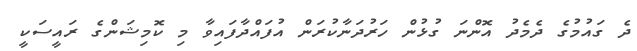
ދެ ގައުމުގެ ދެމެދު އޮންނަ ގުޅުން ހަރުދަނާކުރަން އުފައްދާފައިވާ މި ކޮމިޝަންގެ ރައީސަކީ